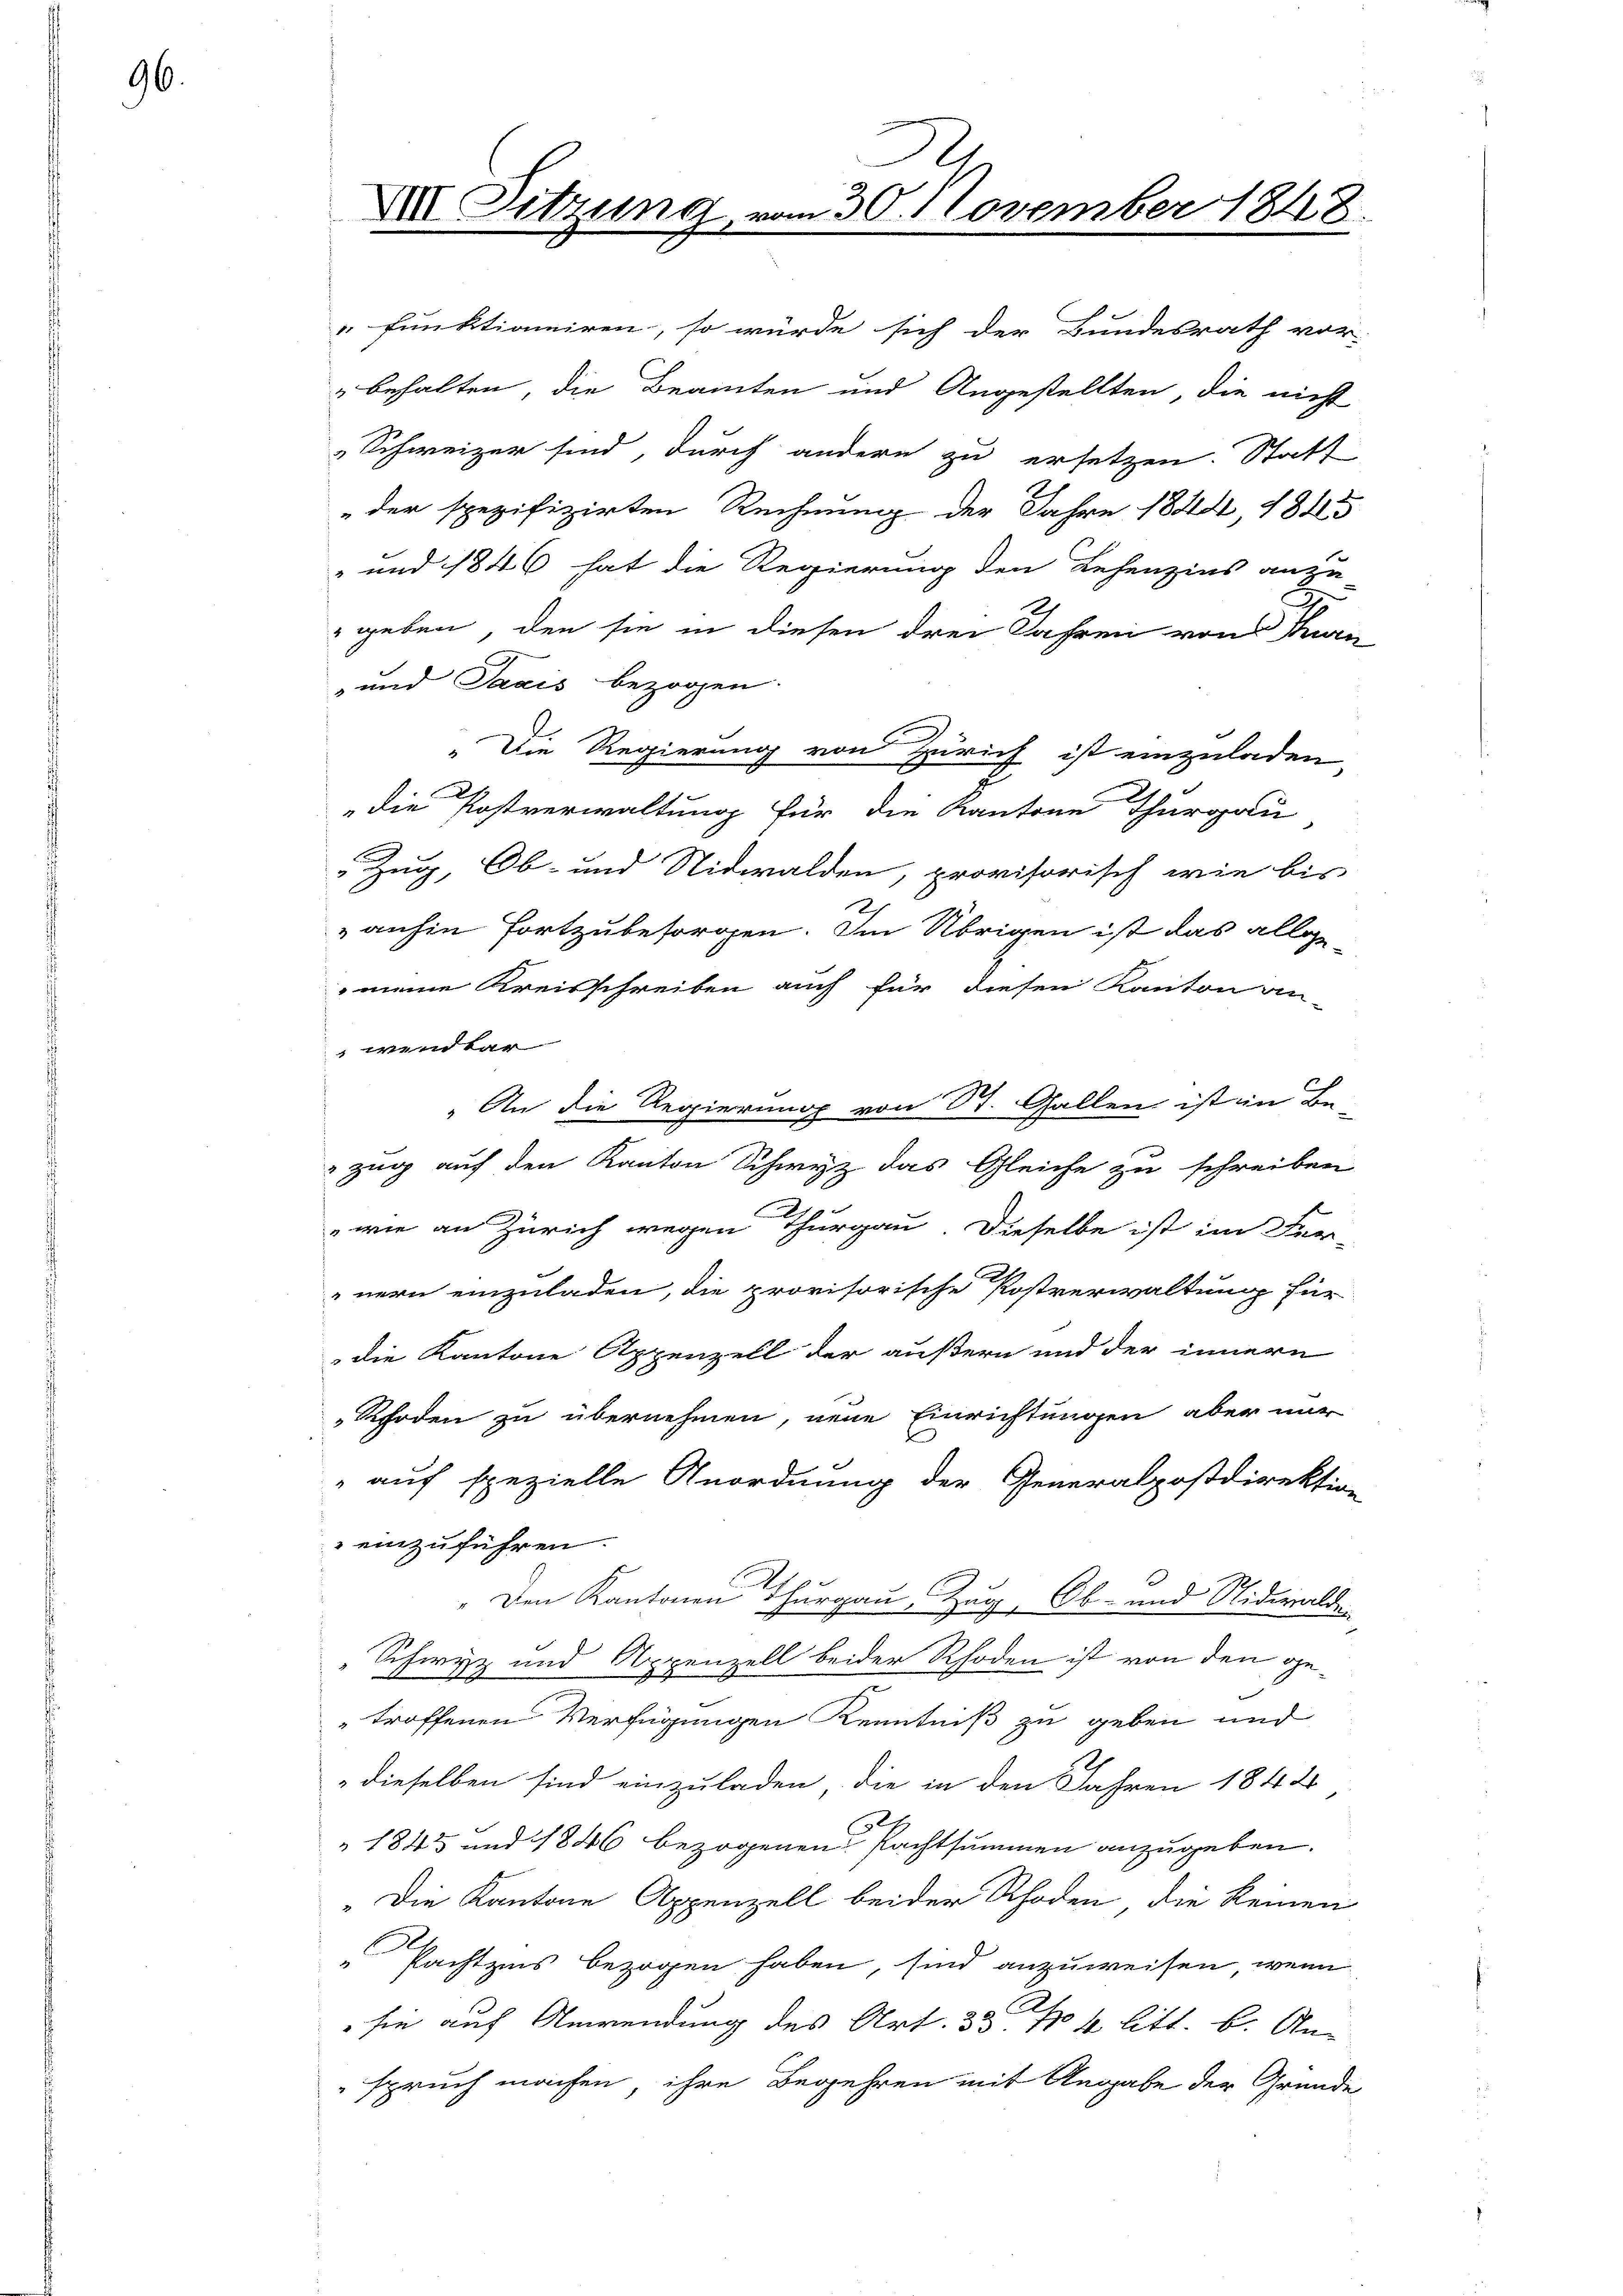
96.

VIII. Sitzung

vom 30. November 1848.
m

funktioniren, so würde sich der Bundesrath vor:
behalten, die Beamten und Angestellten, die nicht

Schweizer sind, durch andern zu ersetzen. Statt
der spezifizirten Rechnung der Jahre 1844, 1845
" und 1846 hat die Regierung den Lehenzins anzu¬
D
geben, den sie in diesen drei Jahren von Fran
-und Taxis bezogen.
" Die Regierung von Zürich ist einzuladen,
2
die Postverwaltung für die Kantone Thurgau
 Zug, Ob- und Nidwalden, provisorisch wie bis
2
anhin fortzubesorgen. Im Übrigen ist das allge
meine Kreisschreiben auch für diesen Kanton an-
wend dar
„An die Regierung von St. Gallen ist in Be-
zug auf den Kanton Schwyz das Gleiche zu schreiben
wie an Zürich wegen Thurgau. Dieselbe ist im Fer-
nern einzuladen, die provisorische Postverwaltung für
die Kantone Appenzell der äußern und der innern
Rhoden zu übernehmen, neue Einrichtungen aber nur
" auf spezielle Anordnung der Generalpostdirektion
einzuführen.
" Den Kantonen Thurgau Zug, Ob- und Niderwalde
"Schwyz und Appenzell beider Rhoden ist von den getroffenen Verfügungen Kenntniß zu geben und
dieselben sind einzuladen, die in den Jahren 1842
1845 und 1846 bezogenen Pachtsummen anzugeben.
„Die Kantone Appenzell beider Rhoden die keinen
Pachtzins bezogen haben, sind anzuweisen, wenn
sie auf Anwendung des Art. 35 No 4 litt. b. An-
spruch machen, ihre Begehren mit Angabe der Grunde